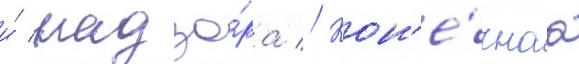
и́ надзо́ра // Кон'е́чнаа